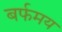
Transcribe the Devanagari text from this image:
बर्फमय